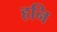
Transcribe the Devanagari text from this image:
हनि